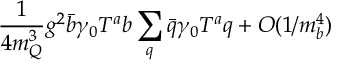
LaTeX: \frac { 1 } { 4 m _ { Q } ^ { 3 } } g ^ { 2 } \bar { b } \gamma _ { 0 } T ^ { a } b \sum _ { q } \bar { q } \gamma _ { 0 } T ^ { a } q + { \cal O } ( 1 / m _ { b } ^ { 4 } )